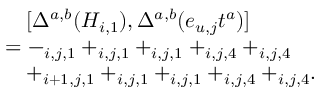
\begin{array} { r l } & { \quad [ \Delta ^ { a , b } ( H _ { i , 1 } ) , \Delta ^ { a , b } ( e _ { u , j } t ^ { a } ) ] } \\ & { = - _ { i , j , 1 } + _ { i , j , 1 } + _ { i , j , 1 } + _ { i , j , 4 } + _ { i , j , 4 } } \\ & { \quad + _ { i + 1 , j , 1 } + _ { i , j , 1 } + _ { i , j , 1 } + _ { i , j , 4 } + _ { i , j , 4 } . } \end{array}